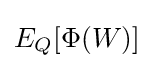
E_{Q}[\Phi (W)]